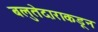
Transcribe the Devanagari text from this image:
बलुतेदाराकडून